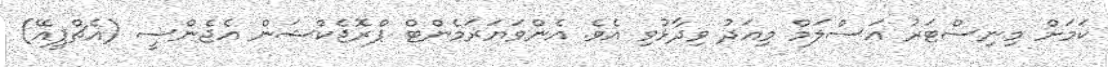
ކަމަށް މިނިސްޓަރު އަސްލަމް މިއަދު ވިދާޅުވި އެވެ. އެންވަޔަރަމެންޓް ޕްރޮޖެކްޝަން އެޖެންސީ (އެޗްޕީއޭ)